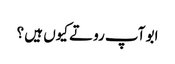
ابو آپ روتے کیوں ہیں ؟